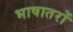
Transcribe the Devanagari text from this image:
भाषातरों